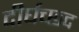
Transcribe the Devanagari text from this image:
दीर्घच्छद